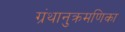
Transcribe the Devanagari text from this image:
ग्रंथानुक्रमणिका